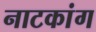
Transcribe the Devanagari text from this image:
नाटकांग